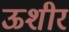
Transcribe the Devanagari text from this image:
ऊशीर